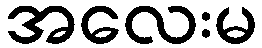
အလေးမ